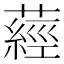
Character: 𦽁